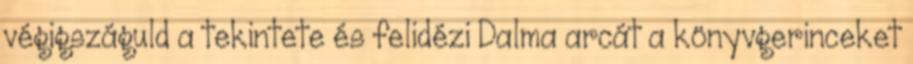
végigszáguld a tekintete és felidézi Dalma arcát a könyvgerinceket